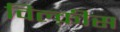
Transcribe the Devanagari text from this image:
विल्क़ीस